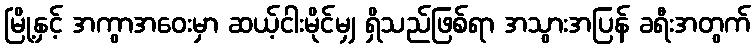
မြို့နှင့် အကွာအဝေးမှာ ဆယ့်ငါးမိုင်မျှ ရှိသည်ဖြစ်ရာ အသွားအပြန် ခရီးအတွက်